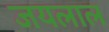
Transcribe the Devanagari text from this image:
जयलाल